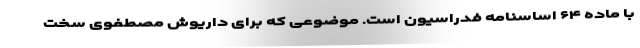
با ماده ۶۴ اساسنامه فدراسیون است. موضوعی که برای داریوش مصطفوی سخت